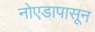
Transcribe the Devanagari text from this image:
नोएडापासून